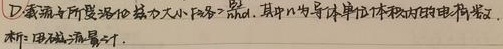
D. 载流子所受洛伦兹力大小\(F_{洛}=qvB\)，其中\(n\)为导体单位体积内的电荷数。析：用磁 - 流导体。